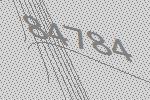
84784